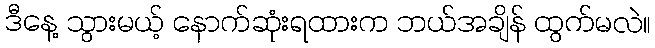
ဒီနေ့ သွားမယ့် နောက်ဆုံးရထားက ဘယ်အချိန် ထွက်မလဲ။